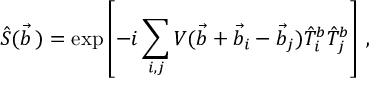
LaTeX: \hat { S } ( \vec { b } \, ) = \exp \left[ - i \sum _ { i , j } V ( \vec { b } + \vec { b } _ { i } - \vec { b } _ { j } ) \hat { T } _ { i } ^ { b } \hat { T } _ { j } ^ { b } \right] \, ,